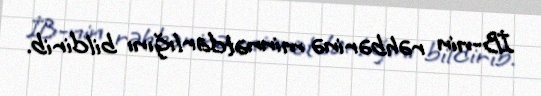
İB-nin rəhbərinə minnətdarlığını bildirib.